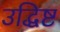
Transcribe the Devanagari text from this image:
उद्धिष्ट